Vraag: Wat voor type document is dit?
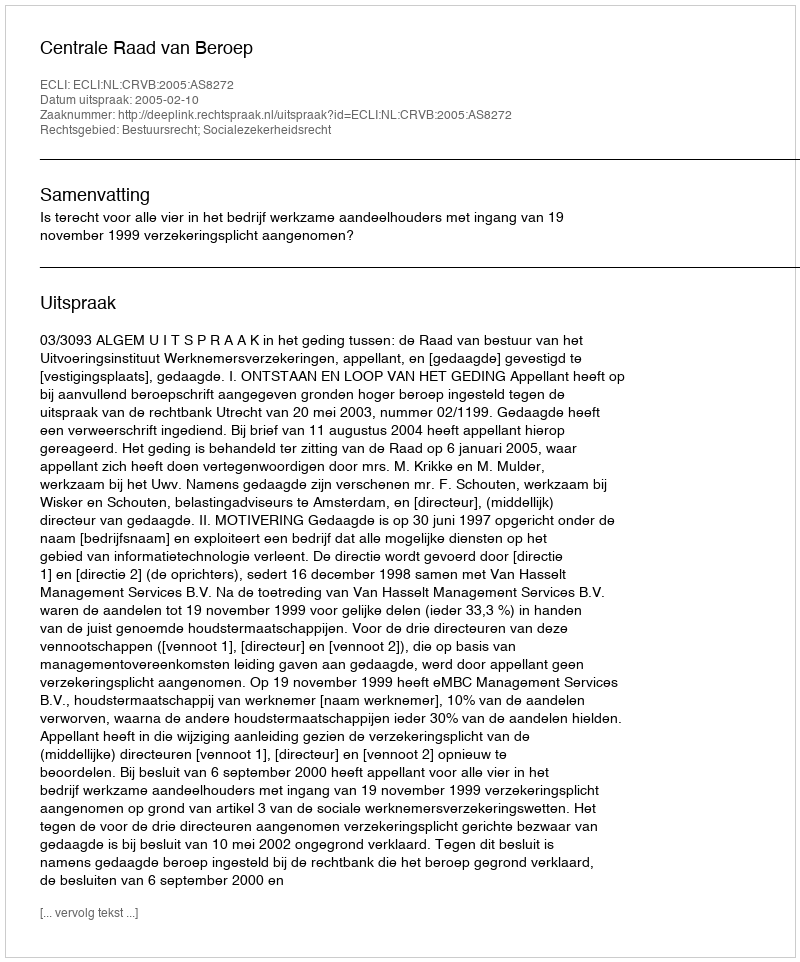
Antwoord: Uitspraak